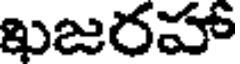
ఖజరహా